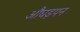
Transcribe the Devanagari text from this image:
औघड़पन